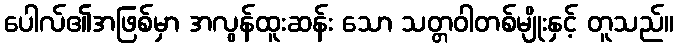
ပေါလ်၏အဖြစ်မှာ အလွန်ထူးဆန်း သော သတ္တဝါတစ်မျိုးနှင့် တူသည်။